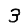
Digit: 3